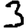
Digit: 3